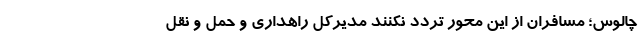
چالوس؛ مسافران از این محور تردد نکنند مدیرکل راهداری و حمل و نقل